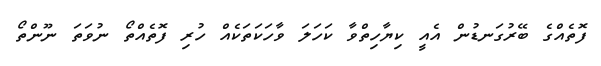
ފޮތެއްގެ ބޭރުގަނޑުން އެއީ ކިޔާހިތްވާ ކަހަލަ ވާހަކަތަކެއް ހުރި ފޮތެއްތޯ ނުވަތަ ނޫންތޯ